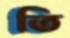
তি